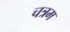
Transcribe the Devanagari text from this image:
चत्रम